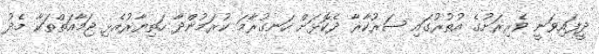
ދީފައިވަނީ ވެރިރަށުގެ އުތުރުގައި ސަރުކާރާ ދެކޮޅަށް ހަނގުރާމަ ކުރަމުންދާ ހަތިޔާރުއެޅި ޖަމާއަތްތަކާ މެދު